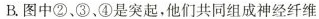
B.图中②、③、④是突起，他们共同组成神经纤维